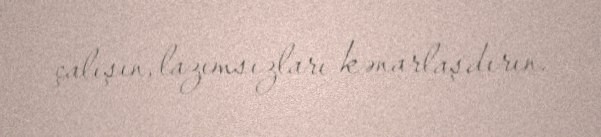
çalışın, lazımsızları kənarlaşdırın.